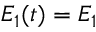
E _ { 1 } ( t ) = E _ { 1 }